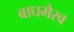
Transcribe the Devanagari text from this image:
बाघभैरव